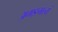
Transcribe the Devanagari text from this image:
अमङ्गल्यं